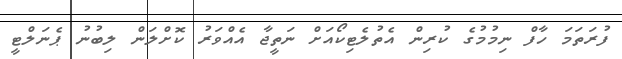
ފުރަތަމަ ހާފް ނިމުމުގެ ކުރިން އެތުލެޓިކޯއަށް ނަތީޖާ އެއްވަރު ކޮށްލަން ލިބުނު ޕެނަލްޓީ